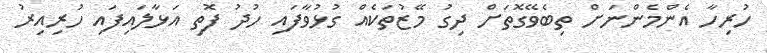
ހުރިހާ އެންމެންނަށް ތިބެވޭގޮތަށް ދިގު މޭޒުތަކެއް ގުޅުވާފައި ހުދު ފޮތި އަޅާލައިފައި ހުރިއިރު